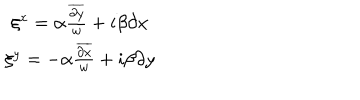
LaTeX: \begin{array} { c } { { \xi ^ { x } = \alpha \frac { \overline { { { \partial y } } } } { w } + i \beta \partial x } } \\ { { \xi ^ { y } = - \alpha \frac { \overline { { { \partial x } } } } { w } + i \beta \partial y } } \\ \end{array}